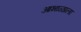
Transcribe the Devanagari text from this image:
आभाळाला